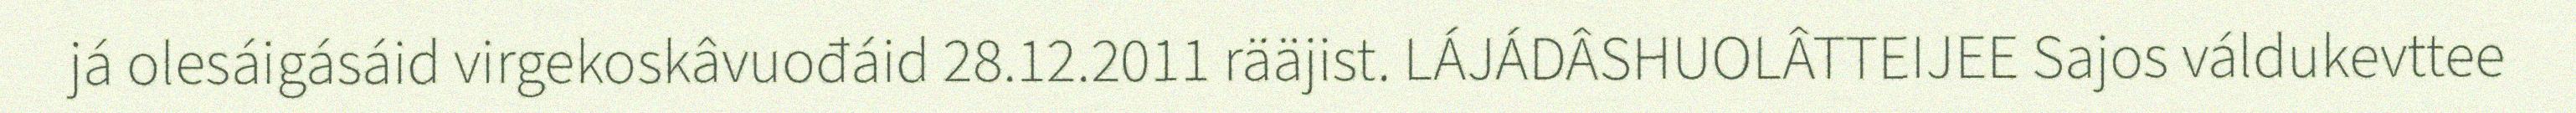
já olesáigásáid virgekoskâvuođáid 28.12.2011 rääjist. LÁJÁDÂSHUOLÂTTEIJEE Sajos váldukevttee